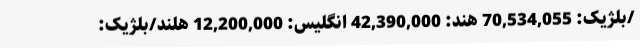
/بلژیک: 70,534,055 هند: 42,390,000 انگلیس: 12,200,000 هلند/بلژیک: